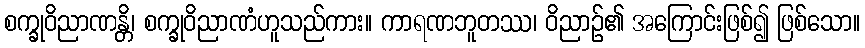
စက္ခုဝိညာဏန္တိ၊ စက္ခုဝိညာဏံဟူသည်ကား။ ကာရဏဘူတဿ၊ ဝိညာဉ်၏ အကြောင်းဖြစ်၍ ဖြစ်သော။